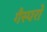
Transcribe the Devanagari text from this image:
गैस्परो